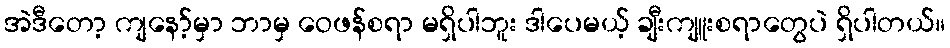
အဲဒီတော့ ကျနော့်မှာ ဘာမှ ဝေဖန်စရာ မရှိပါဘူး ဒါပေမယ့် ချီးကျူးစရာတွေပဲ ရှိပါတယ်။